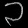
Digit: ၁